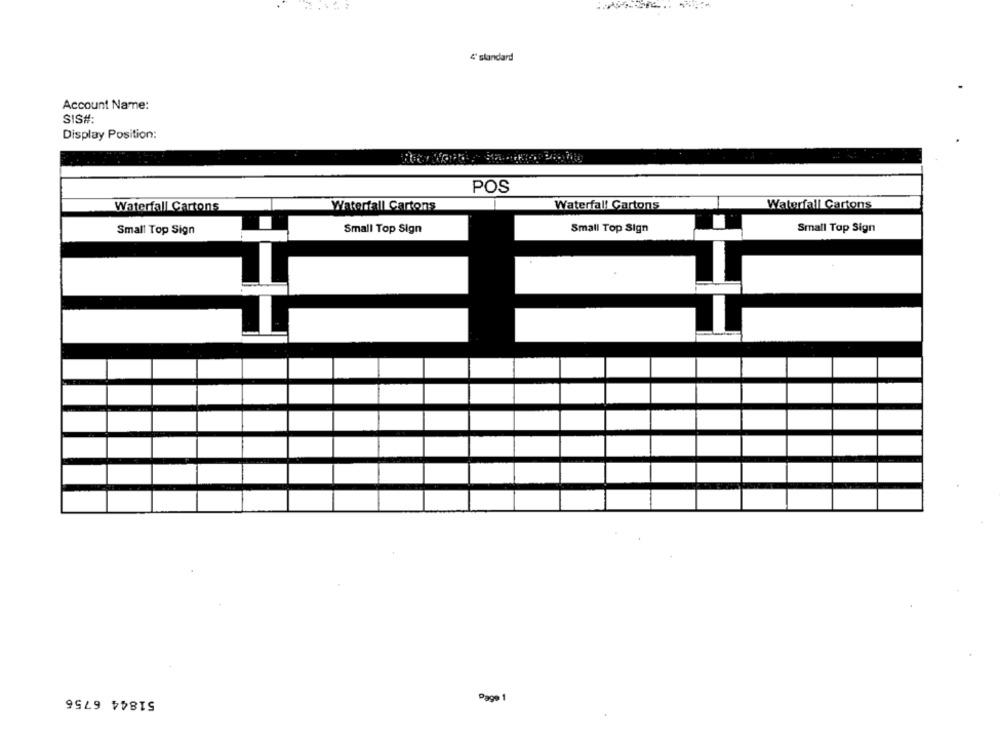
4 standard
Account Name:
SIS#:
Display Position:
POS
Waterfall Cartons
Waterfall Cartons
Waterfall Cartons
Waterfall Cartons
Small Top Sign
Small Top Sign
Small Top Sign
Small Top Sign
51844 6756
Page 1